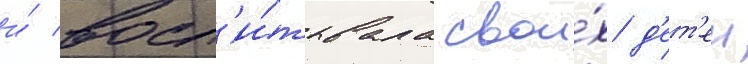
и́ восп'и́тывала свои́х д'ет'еи